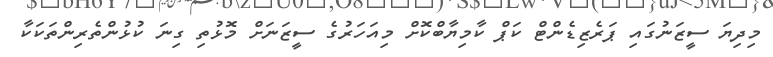
މިދިޔަ ސީޒަނުގައި ޕަރެޒިޑެންޓް ކަޕް ކާމިޔާބްކޮށް މިއަހަރުގެ ސީޒަނަށް މޮޅުތި ގިނަ ކުޅުންތެރިންތަކަކާ